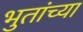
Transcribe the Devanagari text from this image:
भुतांच्या